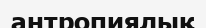
антропиялық